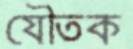
যৌতক